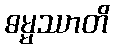
ဓမ္မဿာတိ